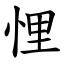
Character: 悝